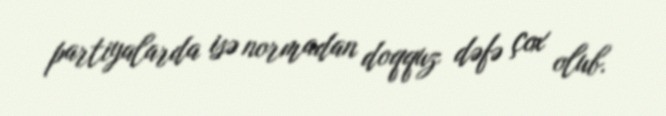
partiyalarda isə normadan doqquz dəfə çox olub.